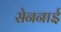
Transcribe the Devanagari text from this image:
सेननाई